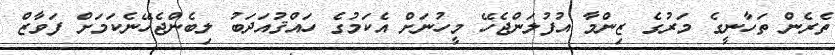
ތެރެން ތަހާނީގެ މަރުގެ ޒިންމާ އުފުލަންޖެހޭ މީހުނަށް އެކަމުގެ ހައްޤުއަދަބު ލިބެންޖެހޭނެކަމަށް ފަވާޒް